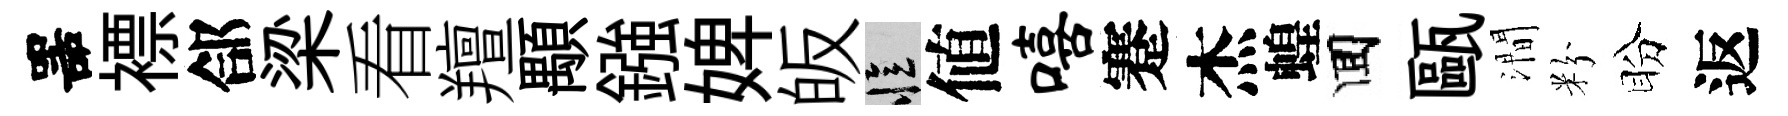
噐褾郃梁看羶顒鏹婢皈忆値嘻蹇杰蝗囬甌澗粉盼返